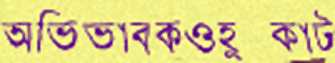
অভিভাবকওহুক্কাট